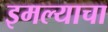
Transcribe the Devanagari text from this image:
इमल्याचा